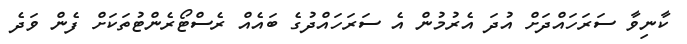
ކާނިވާ ސަރަހައްދަށް އުދަ އެރުމުން އެ ސަރަހައްދުގެ ބައެއް ރެސްޓޯރެންޓުތަކަށް ފެން ވަދެ